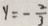
y = - \frac { 2 } { 3 }